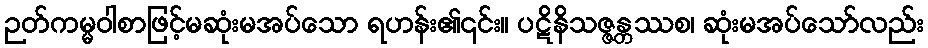
ဉတ်ကမ္မဝါစာဖြင့်မဆုံးမအပ်သော ရဟန်း၏၎င်း။ ပဋိနိသဇ္ဇန္တဿစ၊ ဆုံးမအပ်သော်လည်း